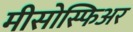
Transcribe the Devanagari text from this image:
मीसोस्फिअर